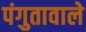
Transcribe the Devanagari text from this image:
पंगुतावाले